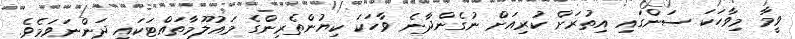
ވީމާ މިވާހަކަ ސަންގައި އިތުރަށް ކުރިއަށް ނުގެންދާނެ ވާހަކަ ކިޔުންތެރިންގެ މައުލޫމާތައްޓަކައި ދަންނަވަމެވެ.